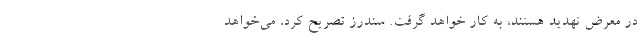
در معرض تهدید هستند، به کار خواهد گرفت. سندرز تصریح کرد، می‌خواهد